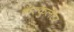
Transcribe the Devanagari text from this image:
कॅल्कुलेटर